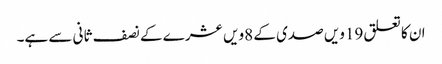
ان کا تعلق 19ویں صدی کے 8ویں عشرے کے نصف ثانی سے ہے۔